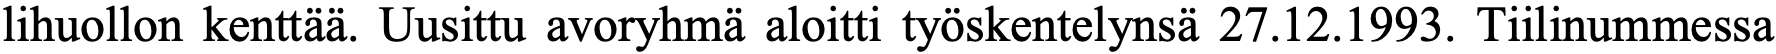
lihuollon kenttää. Uusittu avoryhmä aloitti työskentelynsä 27.12.1993. Tiilinummessa